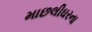
માછલીઘરના